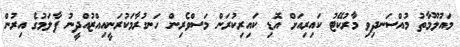
މައުލޫމާތު މުއްސަނދިވި މާރުކޭޓު ކައިރިއަށް އޮޑި ކައިރިކުރަން މަސްވެރިން ހަނގުރާމަކުރަނީއިއްޒުއްދީނު ފާލަމުގެ އިރުން